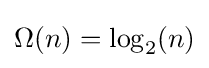
\Omega (n)=\log _{2}(n)